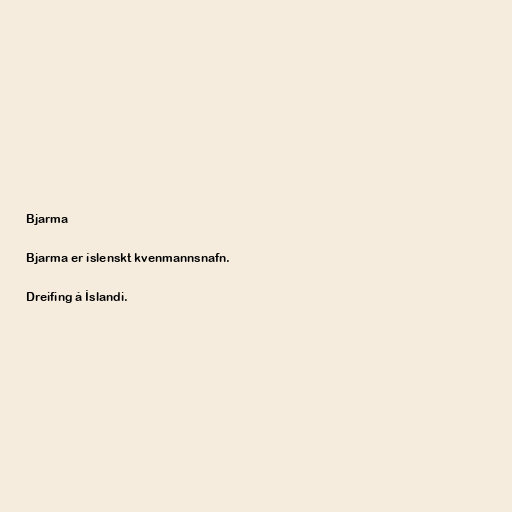
Bjarma

Bjarma er íslenskt kvenmannsnafn.

Dreifing á Íslandi.